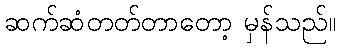
ဆက်ဆံတတ်တာတော့ မှန်သည်။